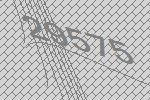
29575